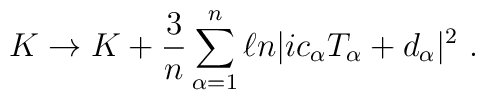
K \rightarrow K + {3 \over n} \sum_{\alpha=1}^n \ell n |i c_{\alpha}T_{\alpha} + d_{\alpha}|^2 \ .